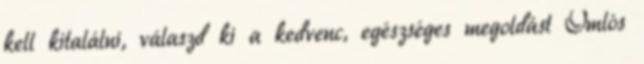
kell kitalálni, válaszd ki a kedvenc, egészséges megoldást Omlós